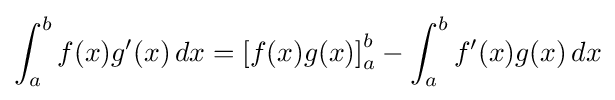
{\textstyle \displaystyle \int _{a}^{b}f(x)g'(x)\,dx=\left[f(x)g(x)\right]_{a}^{b}-\int _{a}^{b}f'(x)g(x)\,dx}